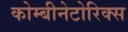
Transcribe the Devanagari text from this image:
कोम्बीनेटोरिक्स